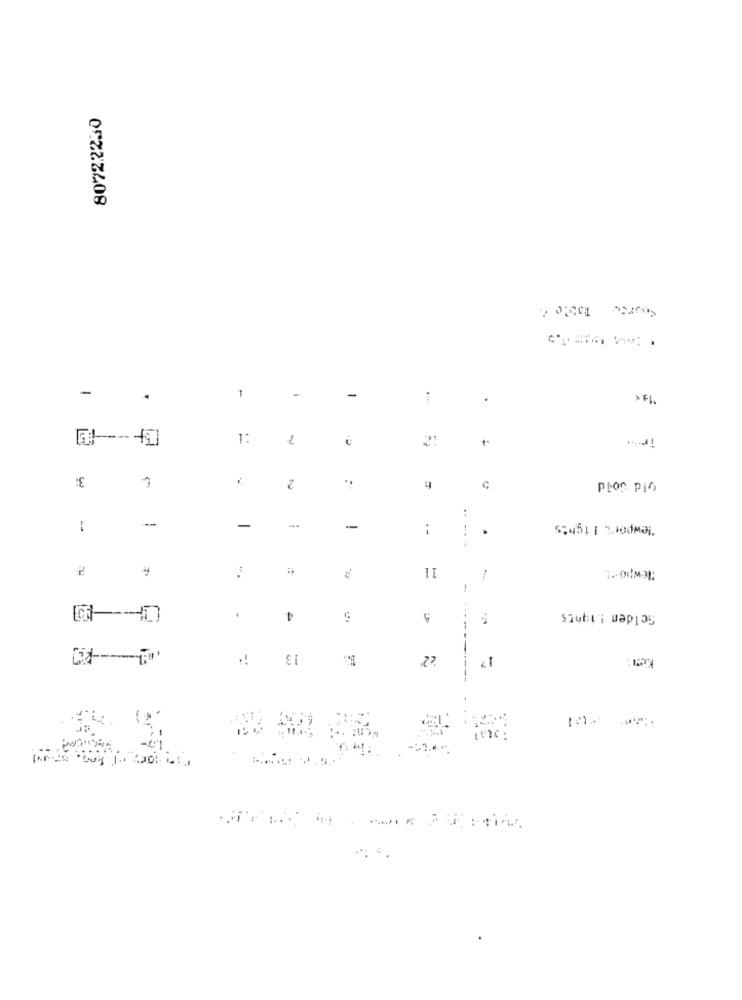
80722230
-
-
-
.
>FI
Tr ...
1:
3:
2
3
Plan Pin
:
1
newport I fghts
-
-
-
--
.
-.-
Newpo."!
-
4
ScIden Lights
.
13
------.
Ken:
-